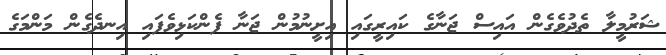
ޝަރުމީލާ ތެދުވެގެން އައިސް ޖަނާގެ ކައިރީގައި އިށީނުމުން ޖަނާ ފެންކަޅިވެފައި އިނދެގެން މަންމަގެ